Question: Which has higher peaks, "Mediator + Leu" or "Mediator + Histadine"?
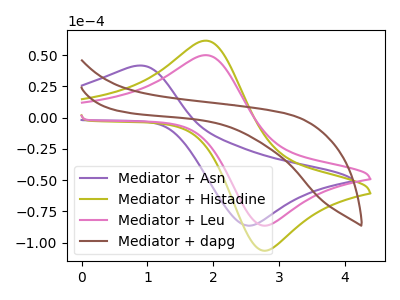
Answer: <think>The purple curve "Mediator + Asn" has an anodic peak at (0.80V, 41.45uA) and a cathodic peak at (2.50V, -86.50uA). The olive curve "Mediator + Histadine" has an anodic peak at (1.90V, 61.65uA) and a cathodic peak at (2.75V, -106.20uA). The pink curve "Mediator + Leu" has an anodic peak at (1.90V, 50.05uA) and a cathodic peak at (2.75V, -86.20uA). The brown curve "Mediator + dapg" has no peaks.</think>
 <answer>Every peak in "Mediator + Leu" is lower than every peak in "Mediator + Histadine".</answer>
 <eval>lower</eval>